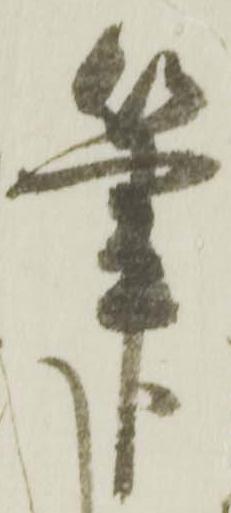
筆